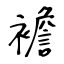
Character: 襜